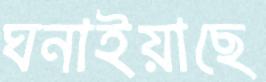
ঘনাইয়াছে